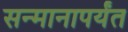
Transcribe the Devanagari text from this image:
सन्मानापर्यंत